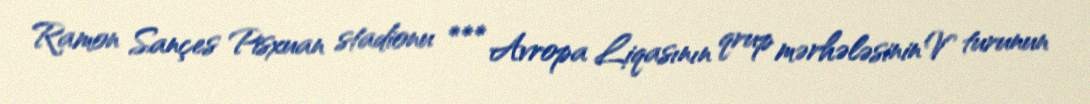
Ramon Sançes Pisxuan stadionu *** Avropa Liqasının qrup mərhələsinin V turunun